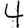
Digit: 4